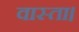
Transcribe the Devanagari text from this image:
वास्ता।